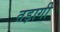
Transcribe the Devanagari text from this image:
तड़ागी